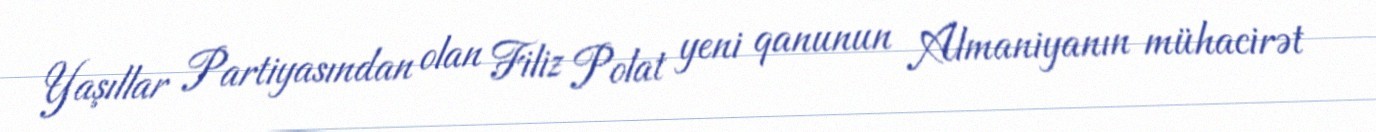
Yaşıllar Partiyasından olan Filiz Polat yeni qanunun Almaniyanın mühacirət